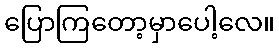
ပြောကြတော့မှာပေါ့လေ။